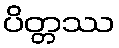
ပိတ္တဿ